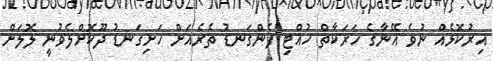
އިރުކޮޅެއް ނުވެ އޭނާގެ ހަރަކާތް ހުއްޓި ފެންގަނޑު ތެރެއަށް ހަށިގަނޑު ދޫކޮށްލެވުނީ ލޮލަށް